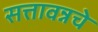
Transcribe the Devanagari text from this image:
सत्तावन्नचे